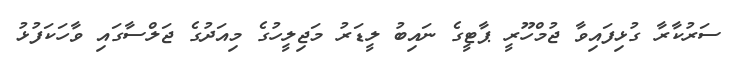
ސަރުކާރާ ގުޅިފައިވާ ޖުމްހޫރީ ޕާޓީގެ ނައިބު ލީޑަރު މަޖިލީހުގެ މިއަދުގެ ޖަލްސާގައި ވާހަކަފުޅު